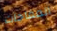
المفاجآت